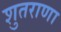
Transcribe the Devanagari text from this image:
शुतराणा